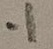
Text: .1